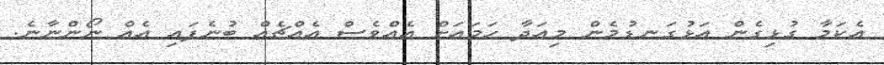
އެކަމާ ގުޅިގެން އަޅުގަނޑުމެން މިއަދާ ހަމައަށް އެއްވެސް އެއްޗެއް ބުނެފައި އެއް ނޯންނާނެ.